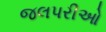
જલપરીઓ